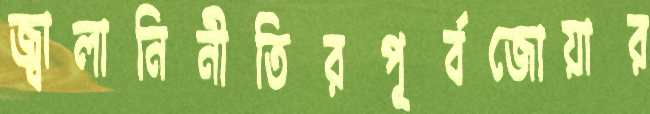
জ্বালানিনীতিরপূর্বজোয়ার